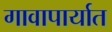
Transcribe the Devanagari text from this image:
गावापार्यात